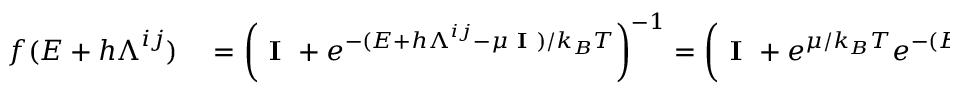
\begin{array} { r l } { f ( \boldsymbol { E } + h \boldsymbol { \Lambda } ^ { i j } ) } & { { } = \left( \textbf { I } + e ^ { - ( \boldsymbol { E } + h \boldsymbol { \Lambda } ^ { i j } - \mu \textbf { I } ) / k _ { B } T } \right) ^ { - 1 } = \left( \textbf { I } + e ^ { \mu / k _ { B } T } e ^ { - ( \boldsymbol { E } + h \boldsymbol { \Lambda } ^ { i j } ) / k _ { B } T } \right) ^ { - 1 } \, , } \end{array}